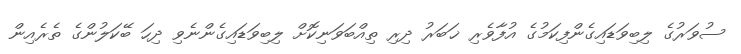
ސުވަރުގެ ލިބިވަޑައިގެންފިކަމުގެ އުފާވެރި ޚަބަރު ދިރި ތިއްބަވަނިކޮށް ލިބިވަޑައިގެންނެވި ދިހަ ބޭކަލުންގެ ތެރެއިން